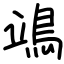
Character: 鴗